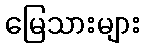
မြေသားများ